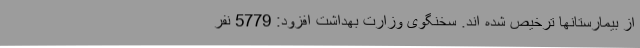
از بیمارستانها ترخیص شده اند. سخنگوی وزارت بهداشت افزود: 5779 نفر